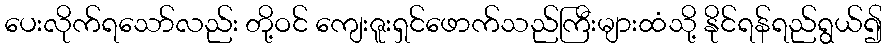
ပေးလိုက်ရသော်လည်း တို့ဝင် ကျေးဇူးရှင်ဖောက်သည်ကြီးများထံသို့ နိုင်ရန်ရည်ရွယ်၍